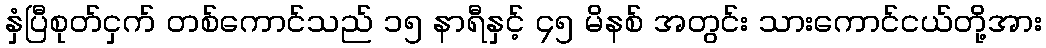
နှံပြီစုတ်ငှက် တစ်ကောင်သည် ၁၅ နာရီနှင့် ၄၅ မိနစ် အတွင်း သားကောင်ငယ်တို့အား